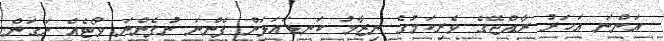
އަންނަ އަހަރު ރާއްޖޭގެ ވެރިކަމުގެ ނިޒާމު ކަނޑައަޅަން ފެންނަ ނުފެންނަ ވޯޓެއް ނަގަން